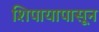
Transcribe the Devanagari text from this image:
शिपायापासून